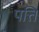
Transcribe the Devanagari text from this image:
पत्तिं